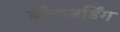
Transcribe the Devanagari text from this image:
ब्लैकबर्डिंग